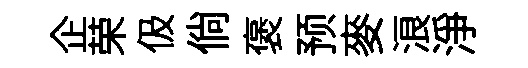
企荣伋倘褒预麥浪淨